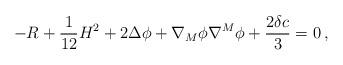
LaTeX: \begin{align*}-R+\frac{1}{12}H^2 +2\Delta\phi +\nabla_M\phi\nabla^M\phi+\frac{2\delta c}{3}=0 \, , \end{align*}